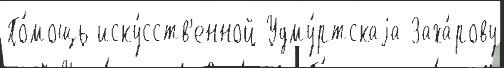
По́мощь иску́сств'енной Удму́ртскаjа Заха́рову